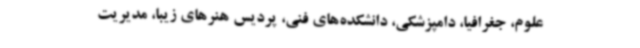
علوم، جغرافیا، دامپزشکی، دانشکده‌های فنی، پردیس هنرهای زیبا، مدیریت